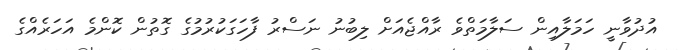
އުދުވާނީ ހަމަލާއިން ސަލާމަތްވެ ރާއްޖެއަށް ލިބުނު ނަސްރު ފާހަގަކުރުމުގެ ގޮތުން ކޮންމެ އަހަރެއްގެ